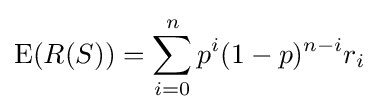
\operatorname {E} (R(S))=\sum _{i=0}^{n}p^{i}(1-p)^{n-i}r_{i}